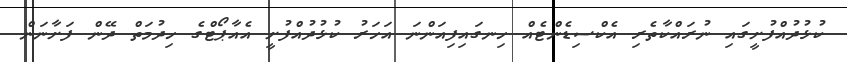
ކުޅުދުއްފުށީގައި ނުރައްކާތެރި އެކްސިޑެންޓެއް ހިނގައިފިއަންނަ އަަހަރު ކުޅުދުއްފުށީ އެއާޕޯޓްގެ ހިދުމަތް ދޭން ފަށާނަން